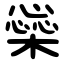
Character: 橤